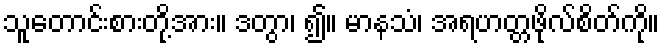
သူတောင်းစားတို့အား။ ဒတွာ၊ ၍။ မာနသံ၊ အရဟတ္တဖိုလ်စိတ်ကို။